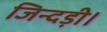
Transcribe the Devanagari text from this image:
जिन्दड़ी।